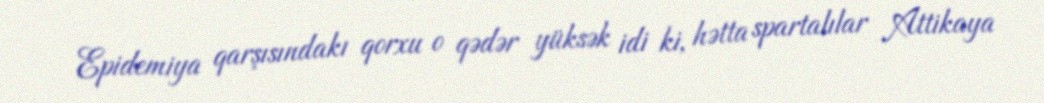
Epidemiya qarşısındakı qorxu o qədər yüksək idi ki, hətta spartalılar Attikaya